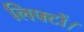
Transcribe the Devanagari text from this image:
लिफ्टों।